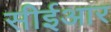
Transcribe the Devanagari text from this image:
सीईआर